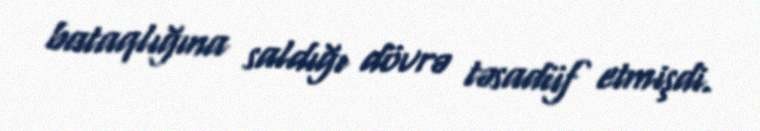
bataqlığına saldığı dövrə təsadüf etmişdi.